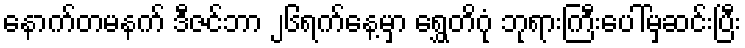
နောက်တမနက် ဒီဇင်ဘာ ၂၆ရက်နေ့မှာ ရွှေတိဂုံ ဘုရားကြီးပေါ်မှဆင်းပြီး